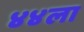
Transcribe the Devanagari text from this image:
४४ला